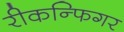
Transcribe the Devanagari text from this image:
रीकन्फिगर